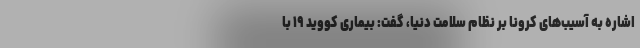
اشاره به آسیب‌های کرونا بر نظام سلامت دنیا، گفت: بیماری کووید ۱۹ با